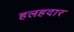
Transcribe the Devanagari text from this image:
हलहदार